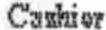
CASHIER